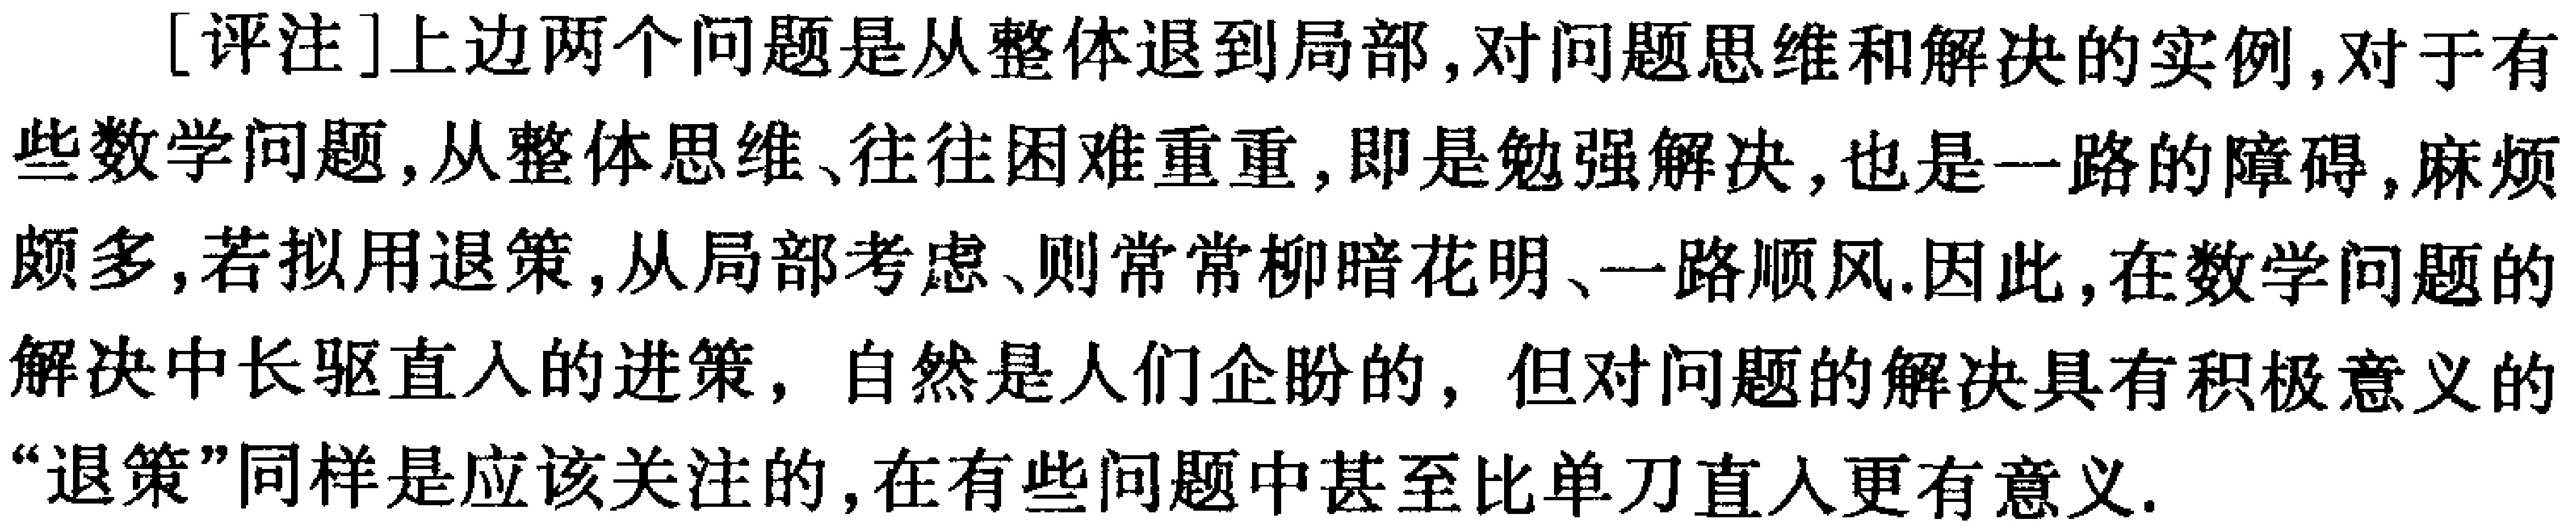
[评注]上边两个问题是从整体退到局部,对问题思维和解决的实例,对于有些数学问题,从整体思维、往往困难重重,即是勉强解决,也是一路的障碍,麻烦颇多,若拟用退策,从局部考虑、则常常柳暗花明、一路顺风.因此,在数学问题的解决中长驱直入的进策，自然是人们企盼的，但对问题的解决具有积极意义的“退策”同样是应该关注的,在有些问题中甚至比单刀直入更有意义.